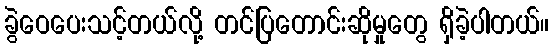
ခွဲဝေပေးသင့်တယ်လို့ တင်ပြတောင်းဆိုမှုတွေ ရှိခဲ့ပါတယ်။